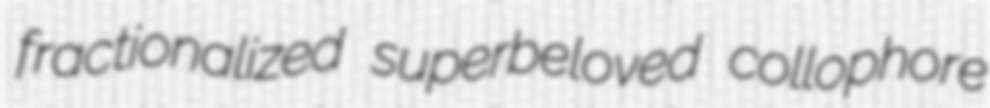
fractionalized superbeloved collophore